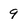
Character: 9